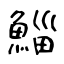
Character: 鯔